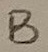
Text: B